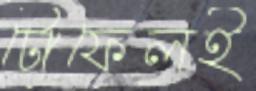
টোফেলই